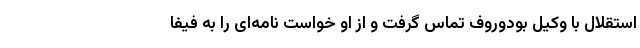
استقلال با وکیل بودوروف تماس گرفت و از او خواست نامه‌ای را به فیفا